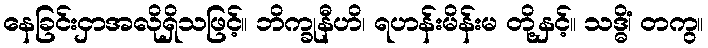
နေခြင်းငှာအလိုရှိသဖြင့်။ ဘိက္ခုနီဟိ၊ ရဟန်းမိန်းမ တို့နှင့်။ သဒ္ဓိံ၊ တကွ။